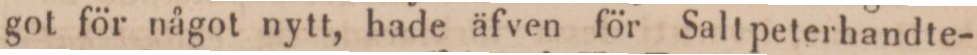
got för något nytt, hade äfven för Saltpeterhandte-